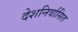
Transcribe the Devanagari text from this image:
देशनिर्वासित